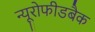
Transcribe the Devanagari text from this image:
न्यूरोफीडबैक